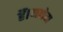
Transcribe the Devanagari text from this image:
हैं।यहोवा